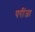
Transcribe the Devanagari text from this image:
परींजा